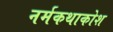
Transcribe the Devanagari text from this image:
नर्मकथाकोश